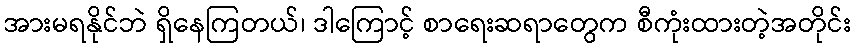
အားမရနိုင်ဘဲ ရှိနေကြတယ်၊ ဒါကြောင့် စာရေးဆရာတွေက စီကုံးထားတဲ့အတိုင်း